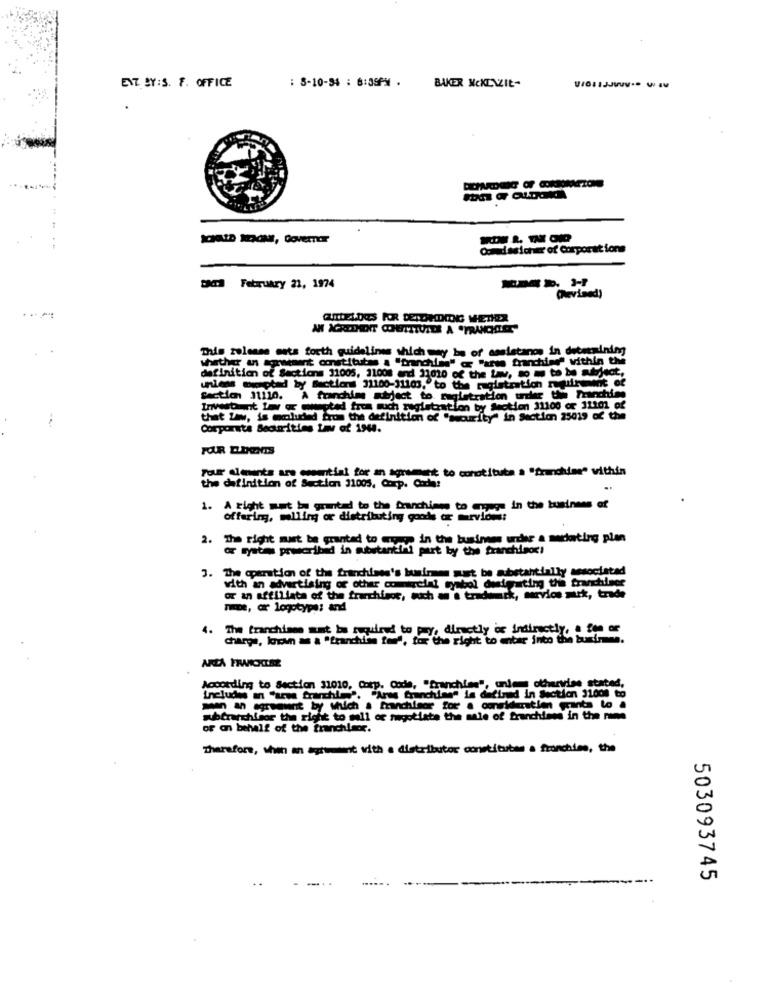
: 5-10-94 : 6:35PM .
ENZ BY:S. F. OFFICE
BAKER MCKENZIE-
SAID NOW, Governor
Masicher of Corporations
Dada February 21, 1974
(Revised)
QUIDELDOS POR DETORDING WHETHER
This zelenes cats forth guidelines which may be of assistanos in determining
whether ans sortment constitutes . "tranchina" or "arte franchise" within the
definition of Sections 11005, 11008 end 11010 of the Ly, so mu to be Meject,
unless mepted by sections 31100-31103, to the registratich ruinent of
section 31110. A franchise subject to tugletration urter the Tranchins
Investment Lav or wwwapted from such registration by Motion 31100 or 31101 of
that Low, is emoludied from the definition of "Hourity" in Section 25019 of the
Corporate Bearities Law of 1964.
FOR DONENTS
pour alevents are essential for an agreement to constitute a "franchise" within
the definition of Section 31005, Corp. Cache:
1. A right met be granted to the branchings to engage in the business of
Offering, miling or distributing goods or mrvions:
2. The right must be granted to mye in the business urdhr a mediating plan
or ryatan prwcribed in substantial part by the franchisoc!
3. The operation of the franchises's businmen must be substantially associated
with an advertising or other comercial symbol desigrating this franchinoe
or an affiliate of the franchisor, such an e tradwark, service mirk, trade
ne, or logotype: and
The tranchimes must be required to pry, directly or indirectly, a gen or
charge, locan as a "franchiles tore, for the right to enter into the busines.
According to Section 31010, Ontp. Code, "franchise", unless otherwise stated,
Includes an "arse franchise". "Ang Crunching" is defined in Section 31000 to
- agreement by which . franchisor for a consideration grants to .
subfranchisor the right to sell or mugotiate the sale of franchises in the name
of on behalf of the franchisor.
Therefore, when an aptent with a distributor constitubas a fronchine, the
503093745